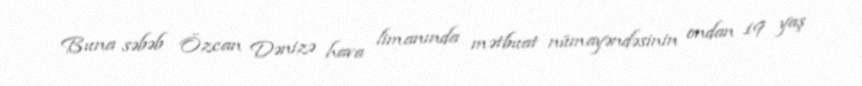
Buna səbəb Özcan Dənizə hava limanında mətbuat nümayəndəsinin ondan 19 yaş